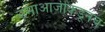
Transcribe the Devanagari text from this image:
उमाआजीकडूनच